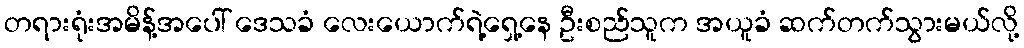
တရားရုံးအမိန့်အပေါ် ဒေသခံ လေးယောက်ရဲ့ရှေ့နေ ဦးစည်သူက အယူခံ ဆက်တက်သွားမယ်လို့